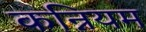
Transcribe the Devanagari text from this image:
कन्नियम